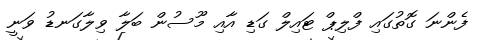
ފެންނަ ގޮތުގައި ފްލިޕް ޓައިލް ގަޑި އާއި މޫސުން ބަލާ ވިލާގަނޑު ވަނީ